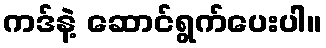
ကဒ်နဲ့ ဆောင်ရွက်ပေးပါ။